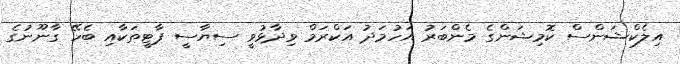
އިލެކްޝަންސް ކޮމިޝަންގެ މެންބަރު އަހުމަދު އަކްރަމް ވިދާޅުވީ ސިޔާސީ ޕާޓީތަކާއި ބެހޭ ގާނޫނުގެ